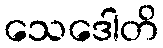
သေဒေါတိ